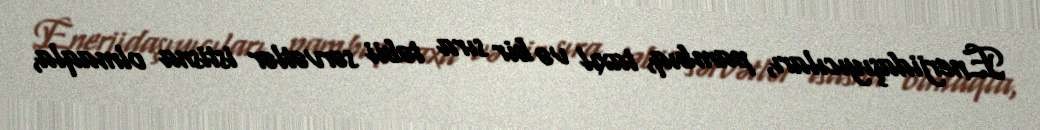
Enerjidaşıyıcıları, pambıq, taxıl və bir sıra təbii sərvətlər istisna olmaqla,